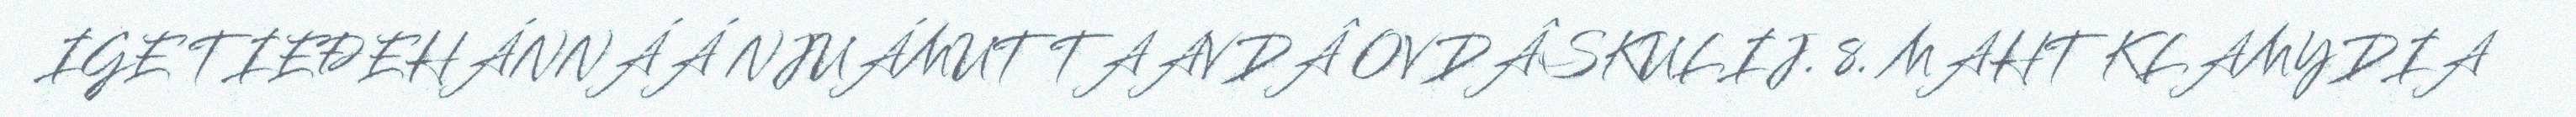
IGE TIEĐEHÁNNÁÁ NJUÁMUT TAAVDÂ OVDÂSKULIJ. 8. MAHT KLAMYDIA